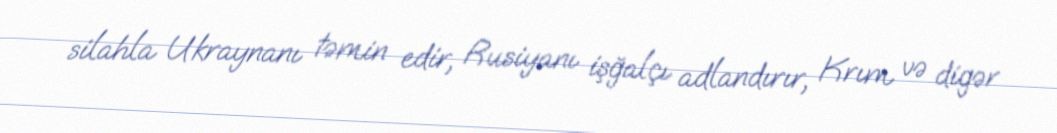
silahla Ukraynanı təmin edir, Rusiyanı işğalçı adlandırır, Krım və digər